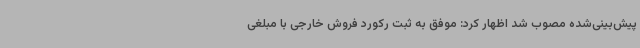
پیش‌بینی‌شده مصوب شد اظهار کرد: موفق به ثبت رکورد فروش خارجی با مبلغی